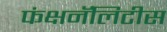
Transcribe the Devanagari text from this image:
फंक्षनॅलिटीस